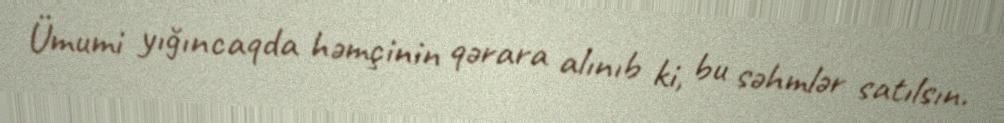
Ümumi yığıncaqda həmçinin qərara alınıb ki, bu səhmlər satılsın.